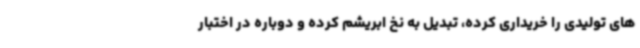
های تولیدی را خریداری کرده، تبدیل به نخ ابریشم کرده و دوباره در اختبار